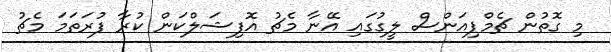
މި ގޮތުން ޗެމްޕިއަންސް ލީގުގައި އޭނާ މެޗު އޮފިޝަލްކަން ކުރާ ފުރަތަމަ މެޗު